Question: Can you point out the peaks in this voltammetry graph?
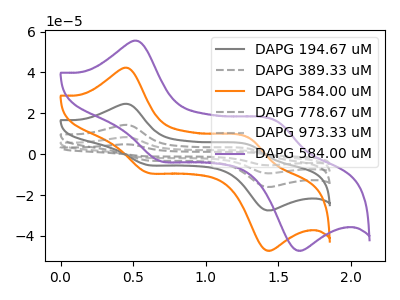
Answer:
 <answer>The gray curve "DAPG 194.67 uM" has anodic peaks at (0.45V, 24.60uA) (1.30V, 4.60uA) and cathodic peaks at (0.60V, -5.15uA) (1.40V, -27.35uA). The gray dashed curve "DAPG 389.33 uM" has anodic peaks at (0.45V, 49.15uA) (1.30V, 9.20uA) and cathodic peaks at (0.60V, -10.35uA) (1.40V, -54.65uA). The orange curve "DAPG 584.00 uM" has anodic peaks at (0.45V, 42.20uA) (1.30V, 7.90uA) and cathodic peaks at (0.60V, -8.85uA) (1.40V, -46.90uA). The gray dashed curve "DAPG 778.67 uM" has anodic peaks at (0.45V, 98.35uA) (1.30V, 18.45uA) and cathodic peaks at (0.60V, -20.70uA) (1.40V, -109.30uA). The gray dashed curve "DAPG 973.33 uM" has anodic peaks at (0.45V, 73.75uA) (1.30V, 13.85uA) and cathodic peaks at (0.60V, -15.50uA) (1.40V, -82.00uA). The purple curve "DAPG 584.00 uM" has anodic peaks at (0.55V, 55.40uA) (1.50V, 16.05uA) and cathodic peaks at (0.70V, -3.20uA) (1.60V, -46.85uA).</answer>
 <eval></eval>